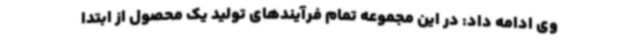
وی ادامه داد: در این مجموعه تمام فرآیندهای تولید یک محصول از ابتدا